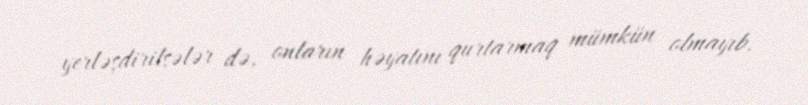
yerləşdirilsələr də, onların həyatını qurtarmaq mümkün olmayıb.